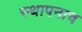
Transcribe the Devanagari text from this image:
स्थापनाच